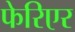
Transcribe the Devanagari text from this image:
फेरिएर